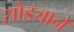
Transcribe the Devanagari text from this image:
सोड्याने